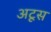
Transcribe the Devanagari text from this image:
अटूस